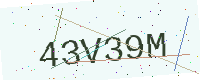
Text: 43V39M